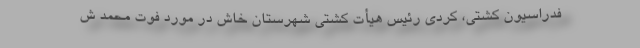
فدراسیون کشتی، کردی رئیس هیأت کشتی شهرستان خاش در مورد فوت محمد ش